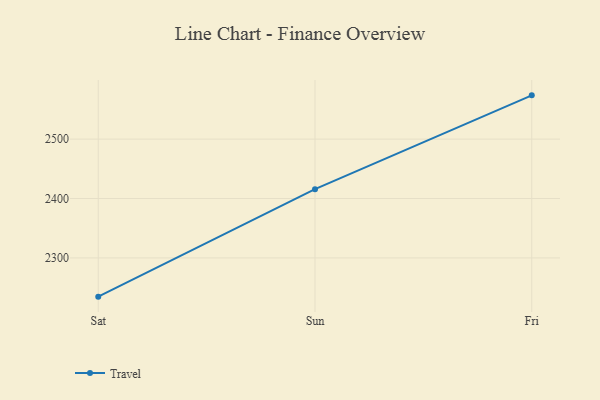
{"axis": {"x": "Day", "y": "Gross Profit (USD K)"}, "legend": ["Travel"], "data": [{"x": "Sat", "y": 2234.8, "type": "Travel"}, {"x": "Sun", "y": 2415.7, "type": "Travel"}, {"x": "Fri", "y": 2573.6, "type": "Travel"}]}